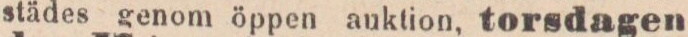
städes genom öppen auktion, torsdagen